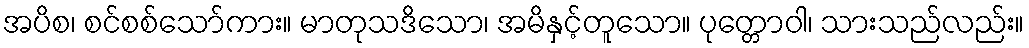
အပိစ၊ စင်စစ်သော်ကား။ မာတုသဒိသော၊ အမိနှင့်တူသော။ ပုတ္တောဝါ၊ သားသည်လည်း။